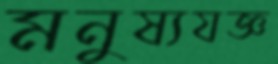
মনুষ্যযজ্ঞ